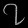
Digit: ၇